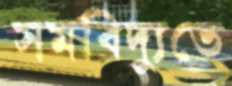
সমবিদ্যুতে